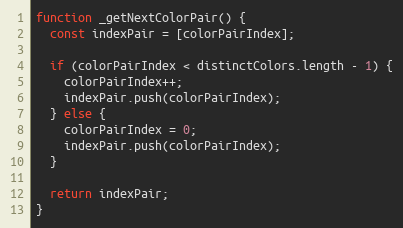
Language: JavaScript
function _getNextColorPair() {
  const indexPair = [colorPairIndex];

  if (colorPairIndex < distinctColors.length - 1) {
    colorPairIndex++;
    indexPair.push(colorPairIndex);
  } else {
    colorPairIndex = 0;
    indexPair.push(colorPairIndex);
  }

  return indexPair;
}